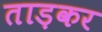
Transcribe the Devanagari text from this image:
ताड़कर